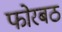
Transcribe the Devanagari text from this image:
फोरबठ